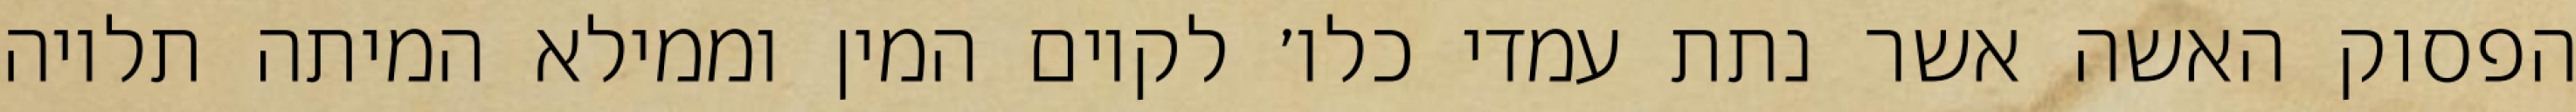
הפסוק האשה אשר נתת עמדי כלו׳ לקיום המין וממילא המיתה תלויה